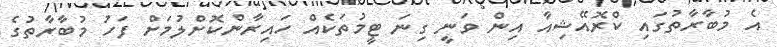
އެ މުބާރާތުގައި ކްރޮއޭޝިއާ އިން ވަނީ ގިނަ ޓީމުތަކެއް ހައިރާންކޮށްލުމަށް ފަހު މުބާރާތުގެ